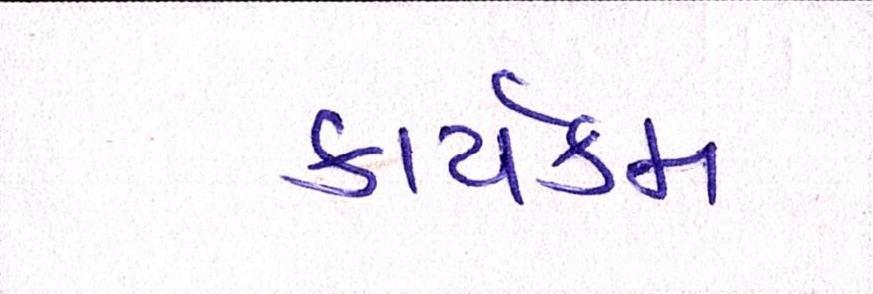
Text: કાર્યક્મ